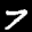
Label: 7